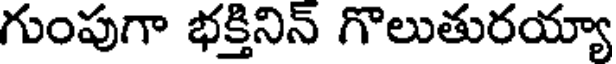
గుంపుగా భక్తినిన్ గొలుతురయ్యా